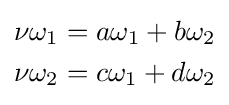
{\begin{aligned}\nu \omega _{1}&=a\omega _{1}+b\omega _{2}\\\nu \omega _{2}&=c\omega _{1}+d\omega _{2}\end{aligned}}